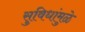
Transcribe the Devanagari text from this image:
सुविधांमुळे